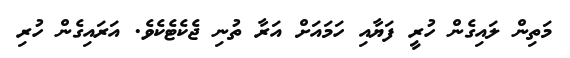
މަތިން ލައިގެން ހުރީ ފަޔާއި ހަމައަށް އަރާ ތުނި ޖެކެޓެކެވެ. އަރައިގެން ހުރި